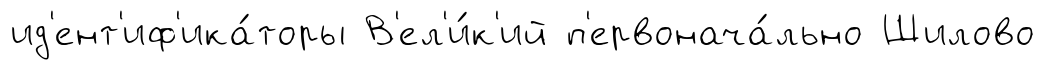
ид'ент'иф'ика́торы В'ел'и́к'ий п'ервонача́льно Шилово